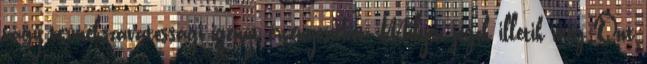
vagy termékszavatossági igényt érvényesíthet. Milyen jogok illetik meg Önt